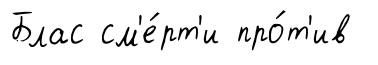
Блас см'е́рт'и про́т'ив